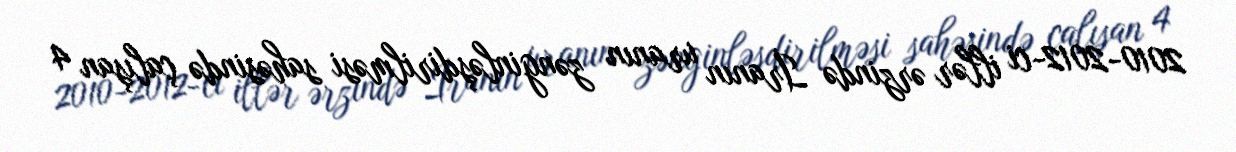
2010-2012-ci illər ərzində İranın uranın zənginləşdirilməsi sahəsində çalışan 4